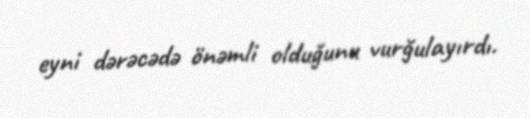
eyni dərəcədə önəmli olduğunu vurğulayırdı.